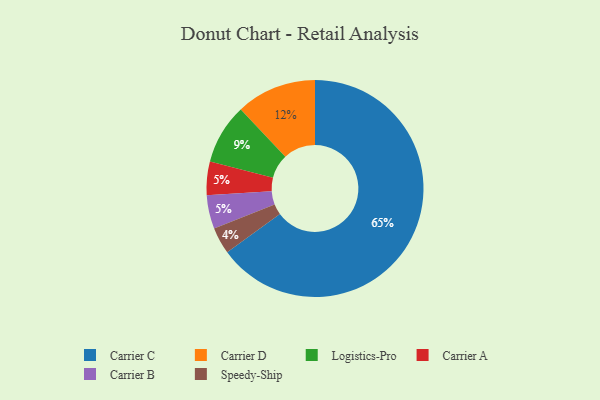
{"axis": {"x": "Category", "y": "Percentage"}, "legend": ["Carrier A", "Carrier B", "Carrier C", "Carrier D", "Logistics-Pro", "Speedy-Ship"], "data": [{"x": "Carrier A", "y": 5, "type": "Carrier A"}, {"x": "Logistics-Pro", "y": 9, "type": "Logistics-Pro"}, {"x": "Carrier B", "y": 5, "type": "Carrier B"}, {"x": "Speedy-Ship", "y": 4, "type": "Speedy-Ship"}, {"x": "Carrier D", "y": 12, "type": "Carrier D"}, {"x": "Carrier C", "y": 65, "type": "Carrier C"}]}